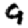
Digit: 9